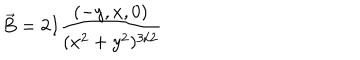
LaTeX: \vec { B } = 2 I \frac { ( - y , x , 0 ) } { ( x ^ { 2 } + y ^ { 2 } ) ^ { 3 / 2 } }